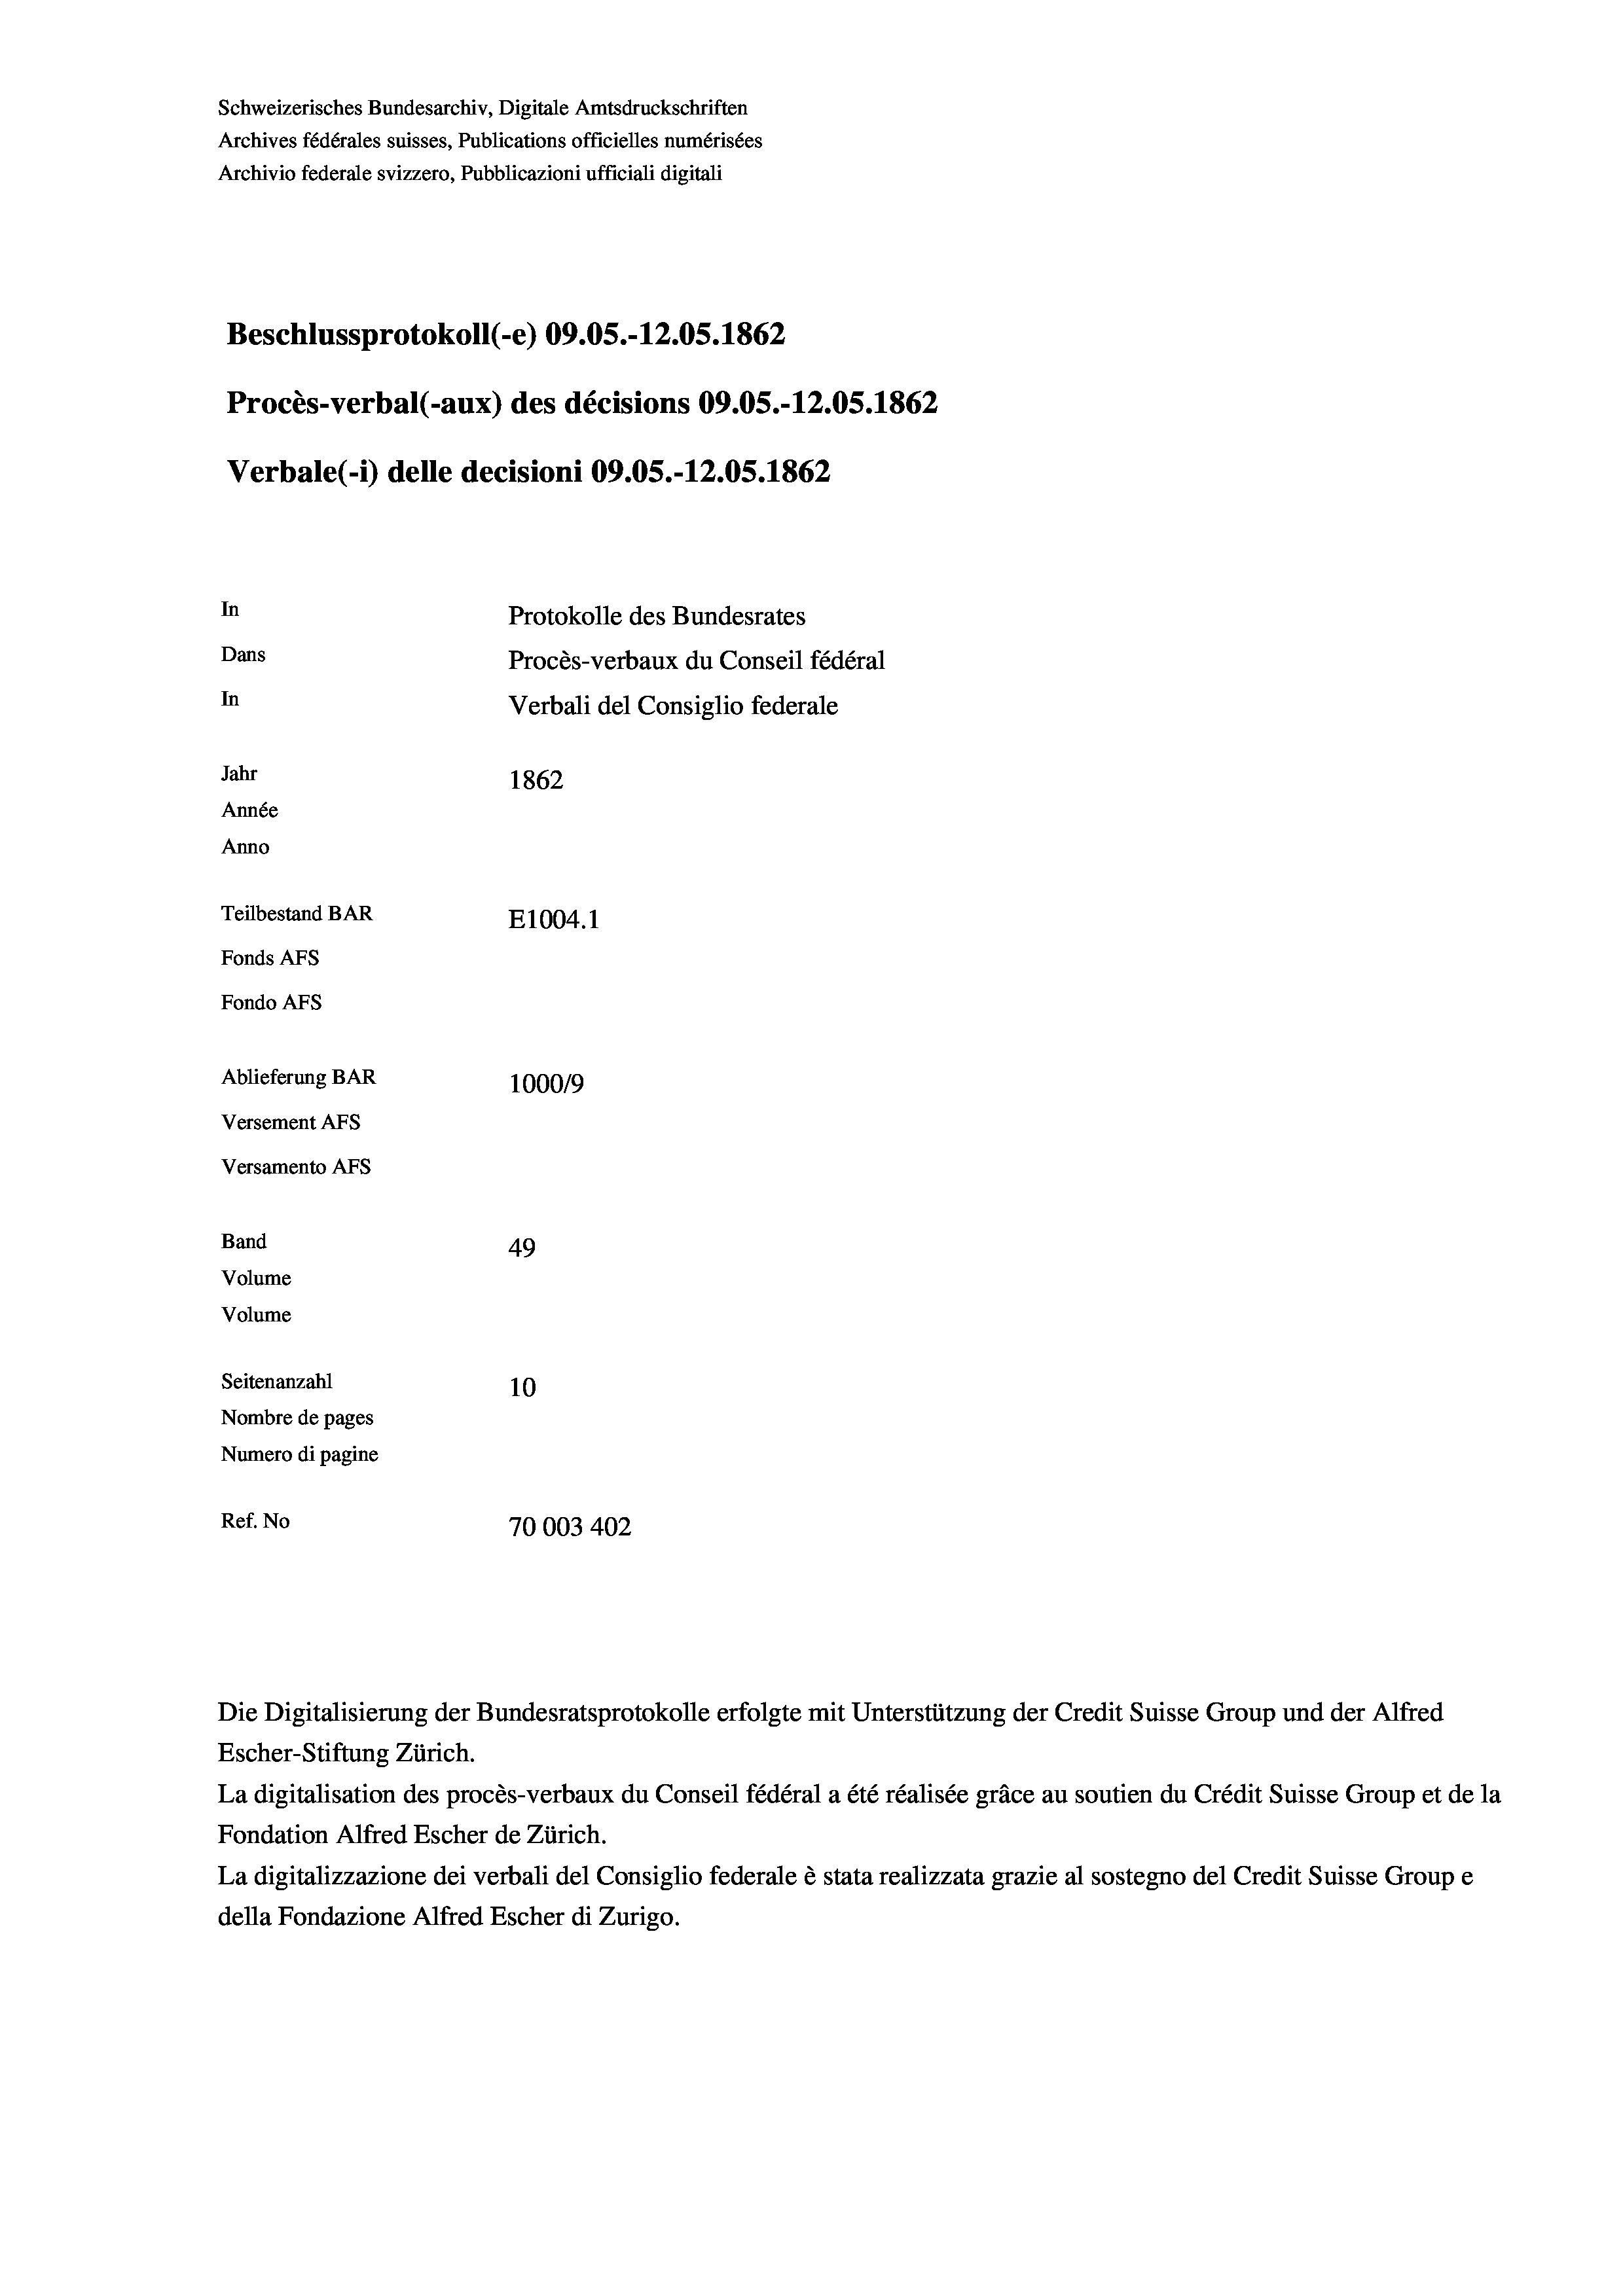
Schweizerisches Bundesarchiv, Digitale Amtsdruckschriften
Archives fédérales suisses, Publications officielles numérisées
Archivio federale svizzero, Pubblicazioni ufficiali digitali
Beschlussprotokoll (-e) 09.05.-12.05. 1862
Procès-verbal (-aux) des décisions 09.05.-12.05. 1862
Verbale (1) delle decisioni 09.05.-12.05. 1862
In
Protokolle des Bundesrates
Dans
Procès-verbaux du Conseil fédéral
In
Verbali del Consiglio federale
Jahr
1862
Année
Anno
Teilbestand BAR
E1004.1
Fonds AFs
Fondo Afs
Ablieferung BAR
100019
Versement Ans
Versamento Afs

49
Seitenanzahl
10
Nombre de pages
Numero di pagine
Ref. No
70003402

Band
Volume
Volume

La digitalisation des procès-verbaux du Conseil fédéral a été réalisée gräce au soutien du Crédit Suisse Group et de la
Fondation Alfred Escher de Zürich.
La digitalizzazione dei verbali del Consiglio federale è stata realizzata grazie al sostegno del Credit Suisse Groupe
della Fondazione Alfred Escher di Zurigo.

Die Digitalisierung der Bundesratsprotokolle erfolgte mit Unterstützung der Credit Suisse Group und der Alfred
Escher-Stiftung Zürich.